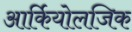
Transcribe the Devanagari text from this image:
आर्कियोलजिक